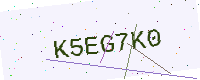
Text: K5EG7K0